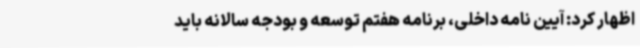
اظهار کرد: آیین نامه داخلی، برنامه هفتم توسعه و بودجه سالانه باید